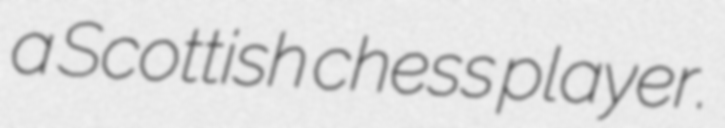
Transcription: a Scottish chess player.